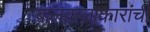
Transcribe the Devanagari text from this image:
बालकलाकारांची